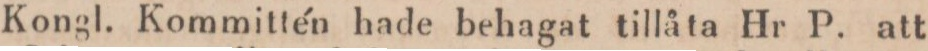
Kongl. Kommittén hade behagat tillåta Hr P. att